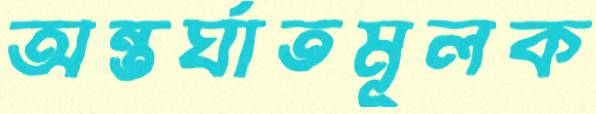
অন্তর্ঘাতমূলক